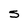
Character: S